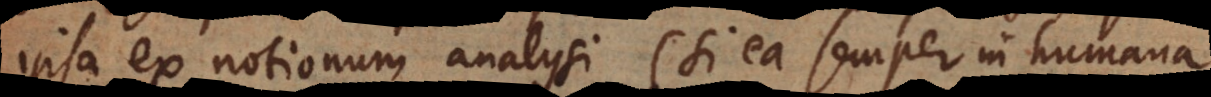
ipsa ex notionum analysi (si ea semper in humana